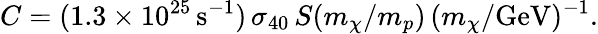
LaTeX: C=(1.3\times 10^{25}\, \mathrm{s}^{-1})\, \sigma_{40}\, S(m_{\chi}/m_{p})\, (m_{\chi}/\mathrm{GeV})^{-1}.